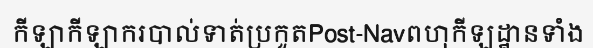
កីឡាកីឡាករបាល់ទាត់ប្រកួតPost-Navពហុកីឡដ្ឋានទាំង